Annual report of the Punjab Veterinary College and of the Civil Veterinary Department, Punjab - 1920-1925
Year: 1920
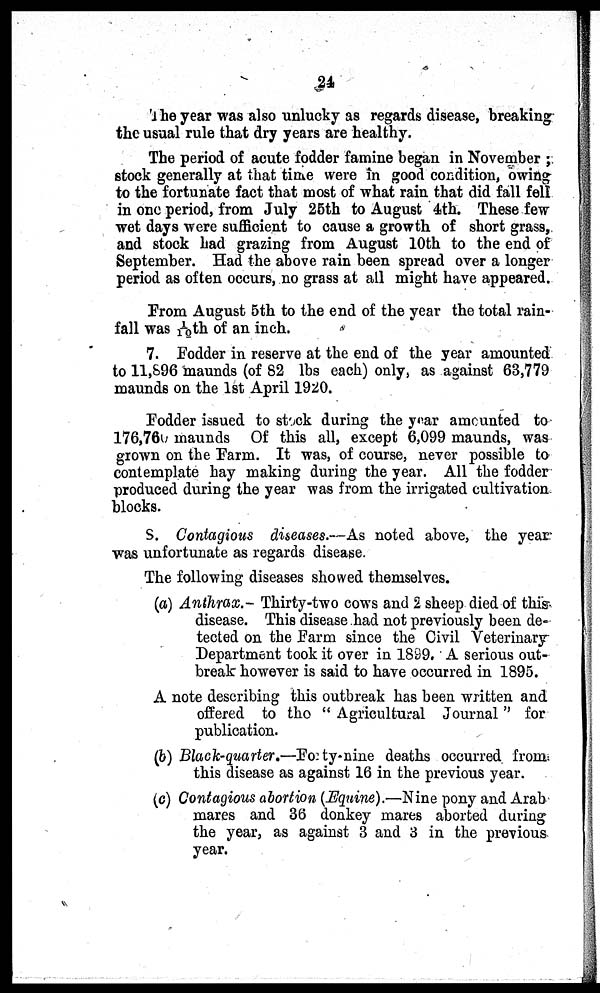
24
The year was also unlucky as regards disease, breaking
the usual rule that dry years are healthy.
The period of acute fodder famine began in November;
stock generally at that time were in good condition, owing
to the fortunate fact that most of what rain that did fall fell
in one period, from July 25th to August 4th. These few
wet days were sufficient to cause a growth of short grass,
and stock had grazing from August 10th to the end of
September. Had the above rain been spread over a longer
period as often occurs, no grass at all might have appeared.
From August 5th to the end of the year the total rain-
fall was 1/10 th of an inch.
7. Fodder in reserve at the end of the year amounted
to 11,896 maunds (of 82 lbs each) only, as against 63,779
maunds on the 1st April 1920.
Fodder issued to stock during the year amounted to
176,760 maunds Of this all, except 6,099 maunds, was
grown on the Farm. It was, of course, never possible to
contemplate hay making during the year. All the fodder
produced during the year was from the irrigated cultivation
blocks.
S. Contagious diseases.—As noted above, the year
was unfortunate as regards disease.
The following diseases showed themselves.
(a) Anthrax.- Thirty-two cows and 2 sheep died of this
disease. This disease had not previously been de-
tected on the Farm since the Civil Veterinary-
Department took it over in 1899. A serious out-
break however is said to have occurred in 1895.
A note describing this outbreak has been written and
offered to the "Agricultural Journal" for
publication.
(b) Black-quarter.—Forty-nine deaths occurred from
this disease as against 16 in the previous year.
(c) Contagious abortion (Equine).—Nine pony and Arab
mares and 36 donkey mares aborted during
the year, as against 3 and 3 in the previous
year.